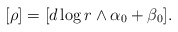
\begin{align*}[\rho] = [d\log r \wedge \alpha_{0} + \beta_{0}].\end{align*}